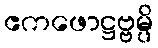
ဧကဖောဋ္ဌဗ္ဗမ္ပိ